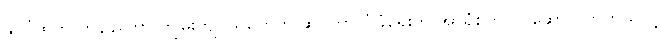
နိုင်ငံထဲက ကွန်ပျူတာ ကျွမ်းကျင်သူတွေက ဆိုင်ဘာလုံခြုံရေးကို အာရုံစိုက်လုပ်ဆောင်လာတယ်လို့